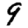
Digit: 9